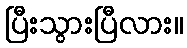
ပြီးသွားပြီလား။